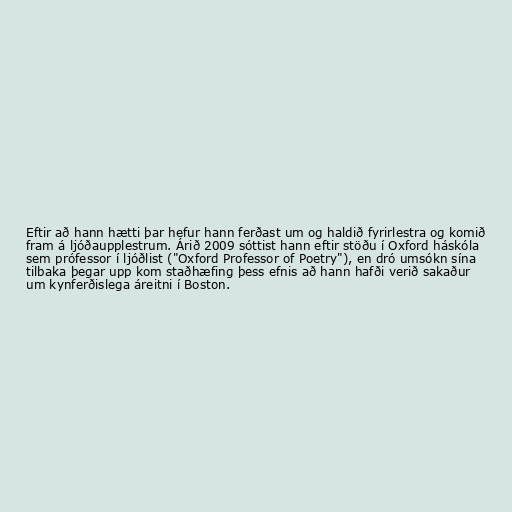
Eftir að hann hætti þar hefur hann ferðast um og haldið fyrirlestra og komið
fram á ljóðaupplestrum. Árið 2009 sóttist hann eftir stöðu í Oxford háskóla
sem prófessor í ljóðlist ("Oxford Professor of Poetry"), en dró umsókn sína
tilbaka þegar upp kom staðhæfing þess efnis að hann hafði verið sakaður
um kynferðislega áreitni í Boston.